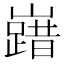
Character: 𡽞